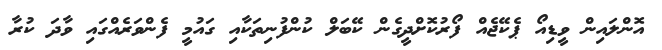
އޮންލައިން ވީޑިއޯ ޕެކޭޖެއް ފޯރުކޮށްދީގެން ކޭބަލް ކުންފުނިތަކާއި ގައުމީ ފެންވަރެއްގައި ވާދަ ކުރާ